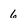
Character: 6